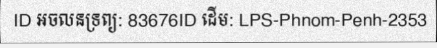
ID អចលនទ្រព្យ: 83676ID ដើម: LPS-Phnom-Penh-2353